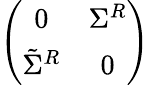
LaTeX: \left(\begin{array}{cc}{{0}}&{{\Sigma^{R}}}\\ {{\tilde{\Sigma}^{R}}}&{{0}}\end{array}\right)